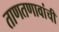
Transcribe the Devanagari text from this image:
ताणतणावांची